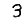
Digit: 3